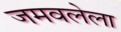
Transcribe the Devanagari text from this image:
जमवलेला